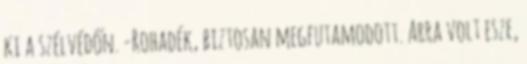
ki a szélvédőn. -Rohadék, biztosan megfutamodott. Arra volt esze,